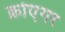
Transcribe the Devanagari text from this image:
क्रोएगर